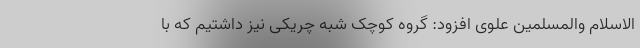
الاسلام والمسلمین علوی افزود: گروه کوچک شبه چریکی نیز داشتیم که با